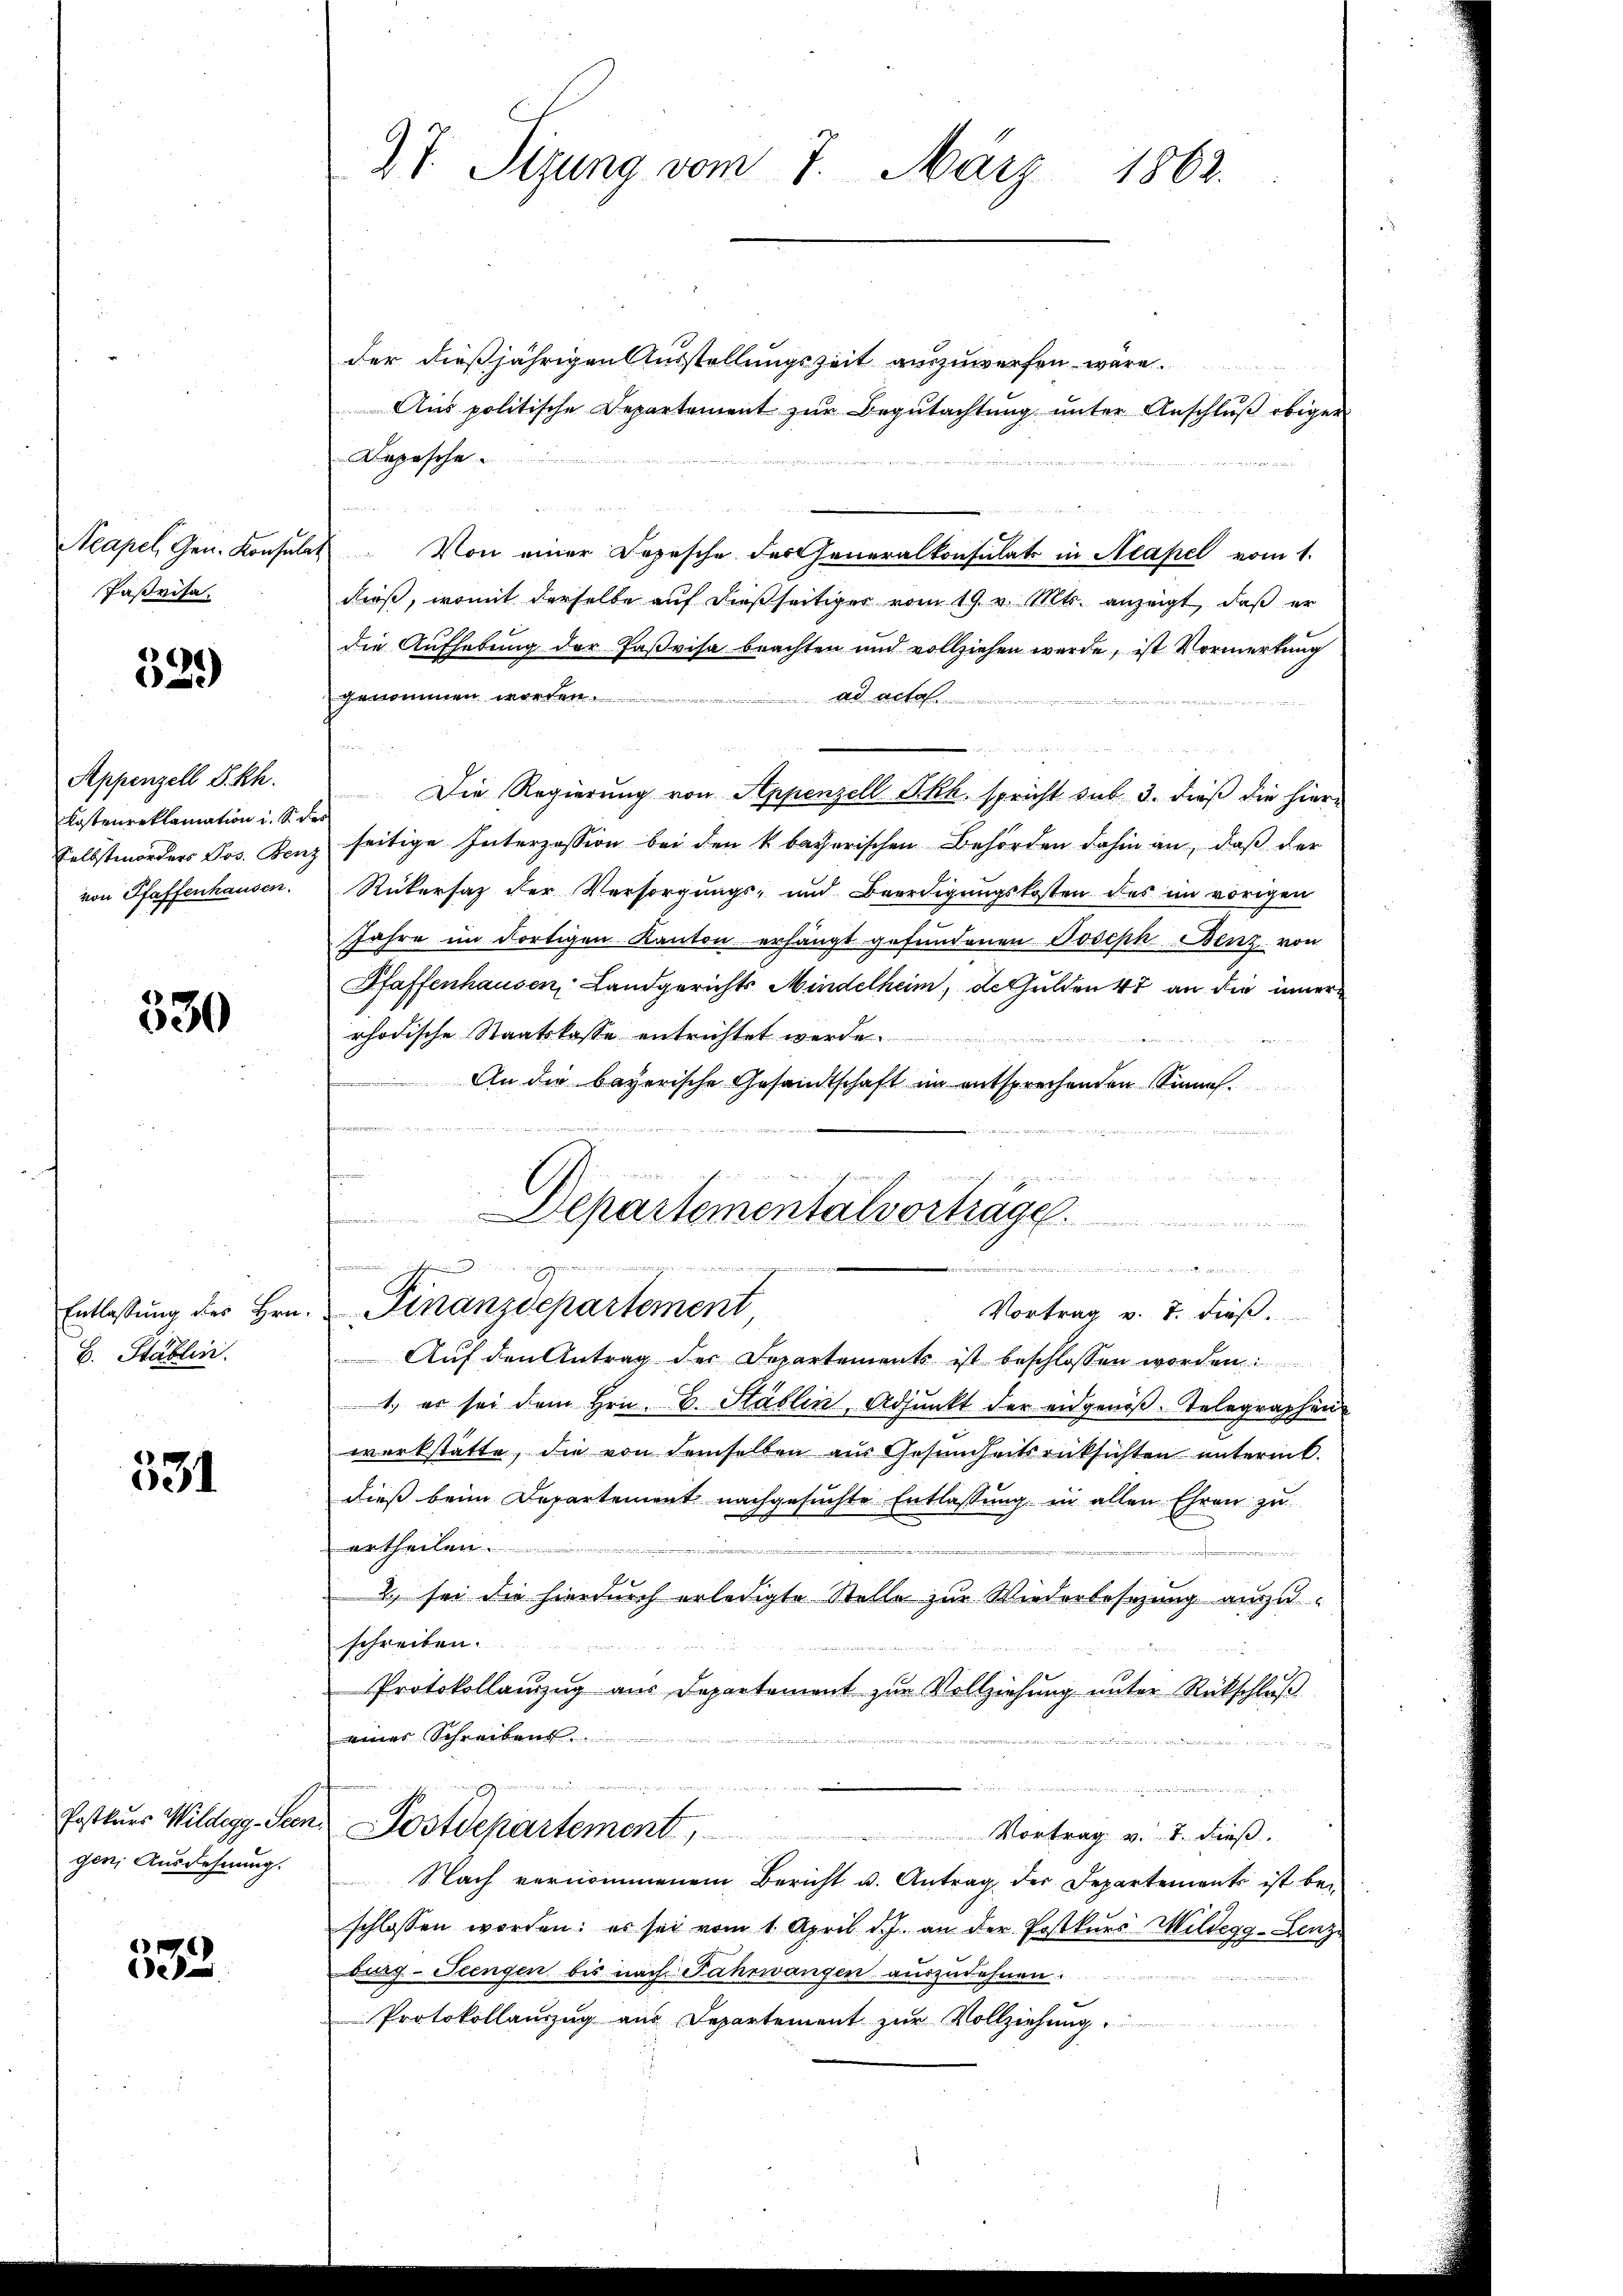
Acapel, Gen. Konsula
Pasrisa

2)
639)

Appenzell S. Rh.
Kostenreklamation i. S. de
Selbstmorders Jos. Benz
von Pfaffenhausen.

330

Entlassung des Hrn.
B. Stablin.

531

Postkurs Wildegg - Seen
gen; Ausdehnung.

332.

27. Sizung vom 7. März 1863.

der dießjährigen Ausstellungszeit auszuwerfen wäre.
Aus politische Departement zur Begutachtung unter Anschluß obiger
Depesche
Von einer Depesche desseneralkonsulats in Neapel vom 1.
dieß, womit derselbe auf dießseitiger vom 19. v. Mts. anzeigt, daß er
die Aufhebung der Paßvisa beachten und vollziehen werde, ist Vormerkung
genommen worden.
ad acta
deren
Die Regierung von Appenzell Skk. spricht sub 3. dieß die hierseitige Interzession bei den k. bacherischen Behörden dahin an, daß der
Rükersatz der Versorgungs- und Beerdigungskosten des im vorigen
Jahre im dortigen Kanton erhängt gefundenen Joseph Benz von
Pfaffenhausen, Landgerichts Mindelheim, de Gulden 47 an die innern
rhodische Staatskasse entrichtet werde.
f
An die bayerische Gesandtschaft im entsprechenden Sinne

m
Departementalvorträge.
e
Kammenen
i die die ihrer sehe die der einen, sehr leich eine auch eine er dieser eine er in die er sie der einen die in de
 it eines de la
Finanzdepartement
Vortrag v. 8. dieß
 Auf den Antrag der Departements ist beschlossen worden
1., er sei dem Hrn. B. Stäblin, Adjunkt der eidgenöβ-Telegraphen
werkstatte, die von demselben aus Gesundheitsrücksichten unterm.
dieß beim Departement nachgesuchte Entlassung in allen Ehren zu
urtheilen.
d
2., sei die hierdurch erledigte Stelle zur Wiederbesezung auszuschreiben.
Protokollanzug aus Departement zur Vollziehung unter Rückschlŭβ
eines Schreibens
e
Postdepartement
 Vortrag v. 7. dieß.
Nach vernommenem Bericht u. Antrag der Departements ist bei
schlossen worden; es sei vom 1. April d. J. an der Postkŭrs Wildegg-Lenze
burg-Stengen bis nach Fahrwangen auszudehnen.
Protokollanzug aus Departement zur Vollziehung